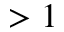
> 1